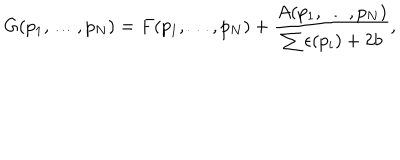
G ( p _ { 1 } , \ldots , p _ { N } ) = F ( p _ { 1 } , \ldots , p _ { N } ) + { \frac { A ( p _ { 1 } , \ldots , p _ { N } ) } { \sum \epsilon ( p _ { i } ) + 2 b } } ,